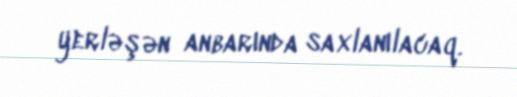
yerləşən anbarında saxlanılacaq.